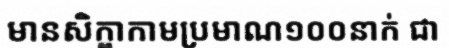
មានសិក្ខាកាមប្រមាណ១០០នាក់ ជា